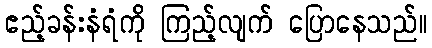
ဧည့်ခန်းနံရံကို ကြည့်လျက် ပြောနေသည်။